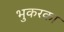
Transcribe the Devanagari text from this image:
भुकरका